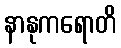
နာနုကရောတိ